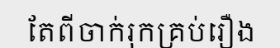
តែពីចាក់រុកគ្រប់រឿង